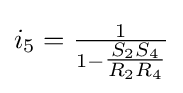
i_{5}={\tfrac {1}{1-{\tfrac {S_{2}S_{4}}{R_{2}R_{4}}}}}